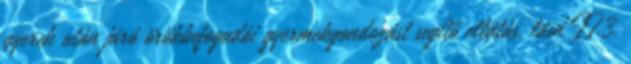
gyerek után járó örökbefogadói gyermekgondozást segítő ellátás, lásd II.3.